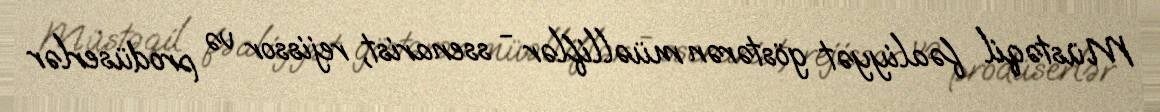
Müstəqil fəaliyyət göstərən müəlliflər - ssenarist, rejissor və prodüserlər